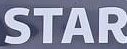
STAR